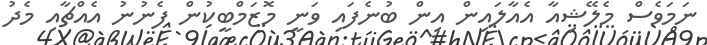
ނަމަވެސް މެލޭޝިއާ އެއާލައިން އިން ބުނެފައި ވަނީ މޮޒަމްބީކުން ފެނުނު އެއްޗާއި މެދު